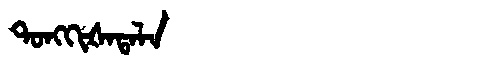
Manchu: ᡨᠣᠩᡴᡳᡧᠠᡨᠠᠯᠠ
Romanization: TONGKIŠATALA